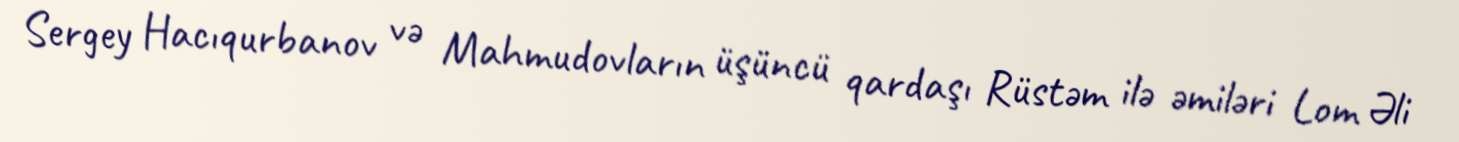
Sergey Hacıqurbanov və Mahmudovların üşüncü qardaşı Rüstəm ilə əmiləri Lom Əli